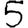
Digit: 5